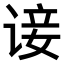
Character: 𫍭